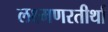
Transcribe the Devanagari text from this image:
लक्ष्मणरतीर्था